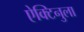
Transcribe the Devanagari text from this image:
ऐक्टिनुला